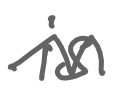
Text: is
Cross-out: zig-zag
Writing tool: digital_gray